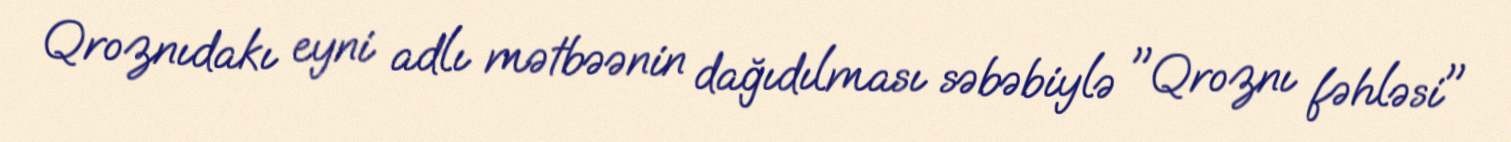
Qroznıdakı eyni adlı mətbəənin dağıdılması səbəbiylə "Qroznı fəhləsi"